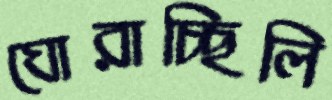
ঘোরাচ্ছিলি